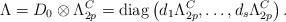
LaTeX: \begin{align*}\Lambda =D_0\otimes\Lambda^C_{2p} ={\rm diag}\left(d_1\Lambda^C_{2p},\ldots,d_s\Lambda^C_{2p}\right).\end{align*}